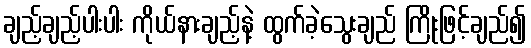
ချည့်ချည့်ပါးပါး ကိုယ်နားချည့်နဲ့ ထွက်ခဲ့သွေးချည် ကြိုးဖြင့်ချည်၍